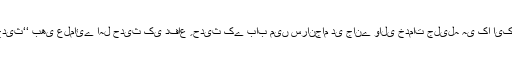
اللہ تعالیٰ علماءاور رسائل وجرائد کی خدمات کو شرف قبولیت سے نوازے (آمین)زیر نظرکتاب ’’دوامِ حدیث‘‘ بھی علمائے اہل حدیث کی دفاع ِ حدیث کے باب میں سرانجام دی جانے والی خدمات جلیلہ ہی کا ایک سنہری باب ہے جو محدث العصر حافظ محمد گوندلوی ﷫ کے تحقیق آفریں قلم سے رقم کیا گیا ہے۔